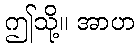
ဤသို့။ အာဟ